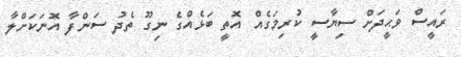
ރައީސް ވަޙީދަށް ސިޔާސީ ކުރިމަގެއް އޮތީ ބަޅެއްގެ ނިގޫ ތެދު ސަންފާ އޮނަކަށްލާ